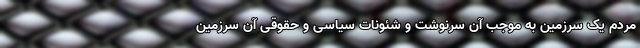
مردم یک سرزمین به موجب آن سرنوشت و شئونات سیاسی و حقوقی آن سرزمین